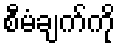
စီမံချက်ကို